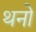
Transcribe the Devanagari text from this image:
थनो